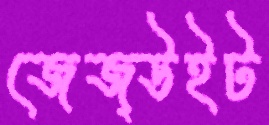
জেজ্উইট